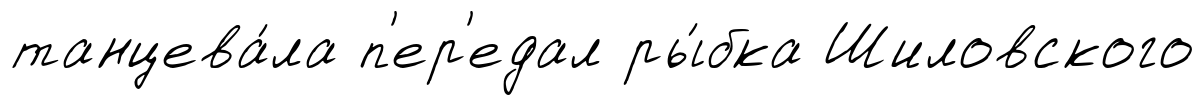
танцева́ла п'ер'едал ры́бка Шиловского